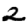
Digit: 2